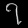
Digit: ၇